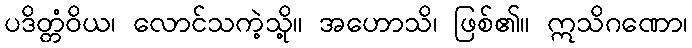
ပဒိတ္တံဝိယ၊ လောင်သကဲ့သို့။ အဟောသိ၊ ဖြစ်၏။ ဣသိဂဏော၊